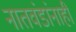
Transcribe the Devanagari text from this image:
नातवंडांनाही